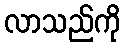
လာသည်ကို